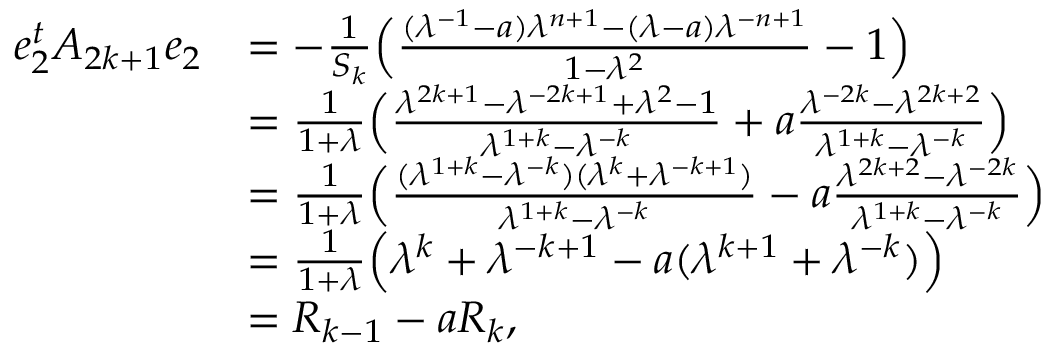
\begin{array} { r l } { e _ { 2 } ^ { t } A _ { 2 k + 1 } e _ { 2 } } & { = - \frac { 1 } { S _ { k } } \Bigl ( \frac { ( \lambda ^ { - 1 } - a ) \lambda ^ { n + 1 } - ( \lambda - a ) \lambda ^ { - n + 1 } } { 1 - \lambda ^ { 2 } } - 1 \Bigr ) } \\ & { = \frac { 1 } { 1 + \lambda } \Bigl ( \frac { \lambda ^ { 2 k + 1 } - \lambda ^ { - 2 k + 1 } + \lambda ^ { 2 } - 1 } { \lambda ^ { 1 + k } - \lambda ^ { - k } } + a \frac { \lambda ^ { - 2 k } - \lambda ^ { 2 k + 2 } } { \lambda ^ { 1 + k } - \lambda ^ { - k } } \Bigr ) } \\ & { = \frac { 1 } { 1 + \lambda } \Bigl ( \frac { ( \lambda ^ { 1 + k } - \lambda ^ { - k } ) ( \lambda ^ { k } + \lambda ^ { - k + 1 } ) } { \lambda ^ { 1 + k } - \lambda ^ { - k } } - a \frac { \lambda ^ { 2 k + 2 } - \lambda ^ { - 2 k } } { \lambda ^ { 1 + k } - \lambda ^ { - k } } \Bigr ) } \\ & { = \frac { 1 } { 1 + \lambda } \Bigl ( \lambda ^ { k } + \lambda ^ { - k + 1 } - a ( \lambda ^ { k + 1 } + \lambda ^ { - k } ) \Bigr ) } \\ & { = R _ { k - 1 } - a R _ { k } , } \end{array}